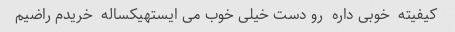
کیفیته  خوبی داره  رو دست خیلی خوب می ایستهیکساله  خریدم راضیم